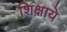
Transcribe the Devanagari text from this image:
शिक्षाये